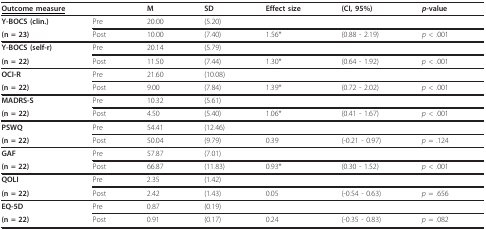
<table><thead><tr><td colspan="2"><b><underline>Outcome measure</underline></b></td><td><b>M</b></td><td><b>SD</b></td><td><b>Effect size</b></td><td><b>(CI, 95%)</b></td><td><b><i>p</i>-value</b></td></tr></thead><tbody><tr><td><b>Y-BOCS (clin.)</b></td><td>Pre</td><td>20.00</td><td>(5.20)</td><td></td><td></td><td></td></tr><tr><td><b>(n = 23)</b></td><td>Post</td><td>10.00</td><td>(7.40)</td><td>1.56*</td><td>(0.88 - 2.19)</td><td><i>p </i>&lt; .001</td></tr><tr><td><b>Y-BOCS (self-r)</b></td><td>Pre</td><td>20.14</td><td>(5.79)</td><td></td><td></td><td></td></tr><tr><td><b>(n = 22)</b></td><td>Post</td><td>11.50</td><td>(7.44)</td><td>1.30*</td><td>(0.64 - 1.92)</td><td><i>p </i>&lt; .001</td></tr><tr><td><b>OCI-R</b></td><td>Pre</td><td>21.60</td><td>(10.08)</td><td></td><td></td><td></td></tr><tr><td><b>(n = 22)</b></td><td>Post</td><td>9.00</td><td>(7.84)</td><td>1.39*</td><td>(0.72 - 2.02)</td><td><i>p </i>&lt; .001</td></tr><tr><td><b>MADRS-S</b></td><td>Pre</td><td>10.32</td><td>(5.61)</td><td></td><td></td><td></td></tr><tr><td><b>(n = 22)</b></td><td>Post</td><td>4.50</td><td>(5.40)</td><td>1.06*</td><td>(0.41 - 1.67)</td><td><i>p </i>&lt; .001</td></tr><tr><td><b>PSWQ</b></td><td>Pre</td><td>54.41</td><td>(12.46)</td><td></td><td></td><td></td></tr><tr><td><b>(n = 22)</b></td><td>Post</td><td>50.04</td><td>(9.79)</td><td>0.39</td><td>(-0.21 - 0.97)</td><td><i>p </i>= .124</td></tr><tr><td><b>GAF</b></td><td>Pre</td><td>57.87</td><td>(7.01)</td><td></td><td></td><td></td></tr><tr><td><b>(n = 22)</b></td><td>Post</td><td>66.87</td><td>(11.83)</td><td>0.93*</td><td>(0.30 - 1.52)</td><td><i>p </i>&lt; .001</td></tr><tr><td><b>QOLI</b></td><td>Pre</td><td>2.35</td><td>(1.42)</td><td></td><td></td><td></td></tr><tr><td><b>(n = 22)</b></td><td>Post</td><td>2.42</td><td>(1.43)</td><td>0.05</td><td>(-0.54 - 0.63)</td><td><i>p </i>= .656</td></tr><tr><td><b>EQ-5D</b></td><td>Pre</td><td>0.87</td><td>(0.19)</td><td></td><td></td><td></td></tr><tr><td><b>(n = 22)</b></td><td>Post</td><td>0.91</td><td>(0.17)</td><td>0.24</td><td>(-0.35 - 0.83)</td><td><i>p </i>= .082</td></tr></tbody></table>